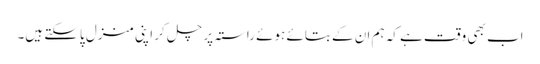
اب بھی وقت ہے کہ ہم ان کے بتائے ہوئے راستہ پر چل کر اپنی منزل پاسکتے ہیں۔